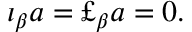
\iota _ { \beta } a = \pounds _ { \beta } a = 0 .